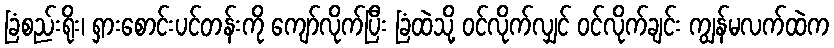
ခြံစည်းရိုး၊ ရှားစောင်းပင်တန်းကို ကျော်လိုက်ပြီး ခြံထဲသို့ ဝင်လိုက်လျှင် ဝင်လိုက်ချင်း ကျွန်မလက်ထဲက